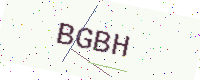
Text: BGBH